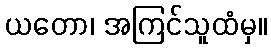
ယတော၊ အကြင်သူထံမှ။